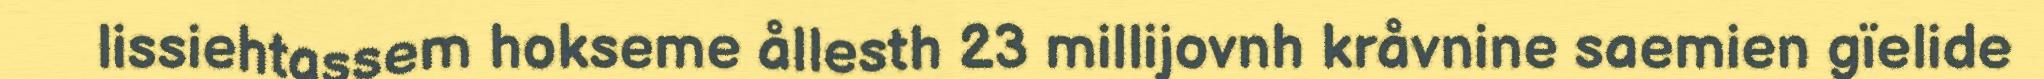
lissiehtassem hokseme ållesth 23 millijovnh kråvnine saemien gïelide